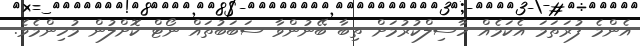
އެންމެ ފުރަތަމަ އެކަމެއް ހާސިލްކުރުމަށް ތިބާ ބޭނުންވާ ސަބަބުތައް ނޯޓް ކޮށްލުން މުހިންމެވެ.